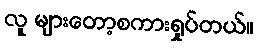
လူ များတော့စကားရှုပ်တယ်။